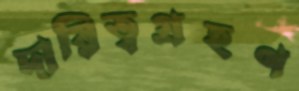
দায়িত্বগ্রহণ